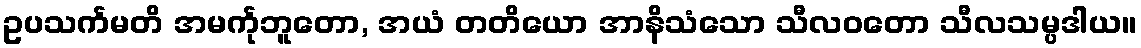
ဥပသင်္ကမတိ အမင်္ကုဘူတော, အယံ တတိယော အာနိသံသော သီလဝတော သီလသမ္ပဒါယ။